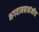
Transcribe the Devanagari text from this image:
भगवानबाबांनीच